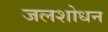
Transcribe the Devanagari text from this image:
जलशोधन